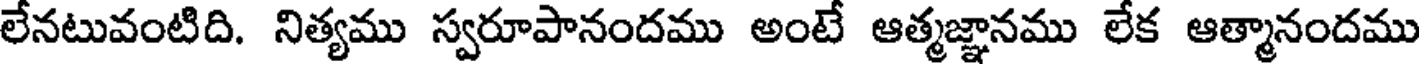
లేనటువంటిది. నిత్యము స్వరూపానందము అంటే ఆత్మజ్ఞానము లేక ఆత్మానందము